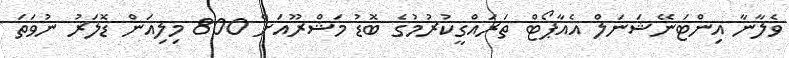
ވެލާނާ އިންޓަނޭޝަނަލް އެއާޕޯޓް ތަރައްގީކުރުމުގެ ބޮޑު މަޝްރޫއަށް 800 މިލިއަން ޑޮލަރު ނުވަތަ